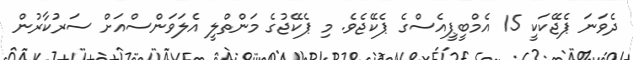
ދެވަނަ ޕެޖޭކަކީ 15 އެމްބީޕީއެސްގެ ޕެކޭޖެވެ. މި ޕެކޭޖުގެ މަންތްލީ އެލަވަންސްއަށް ސަރުކާރުން